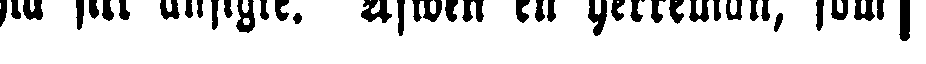
sla sitt ansigte. Äfwen en herreman, som